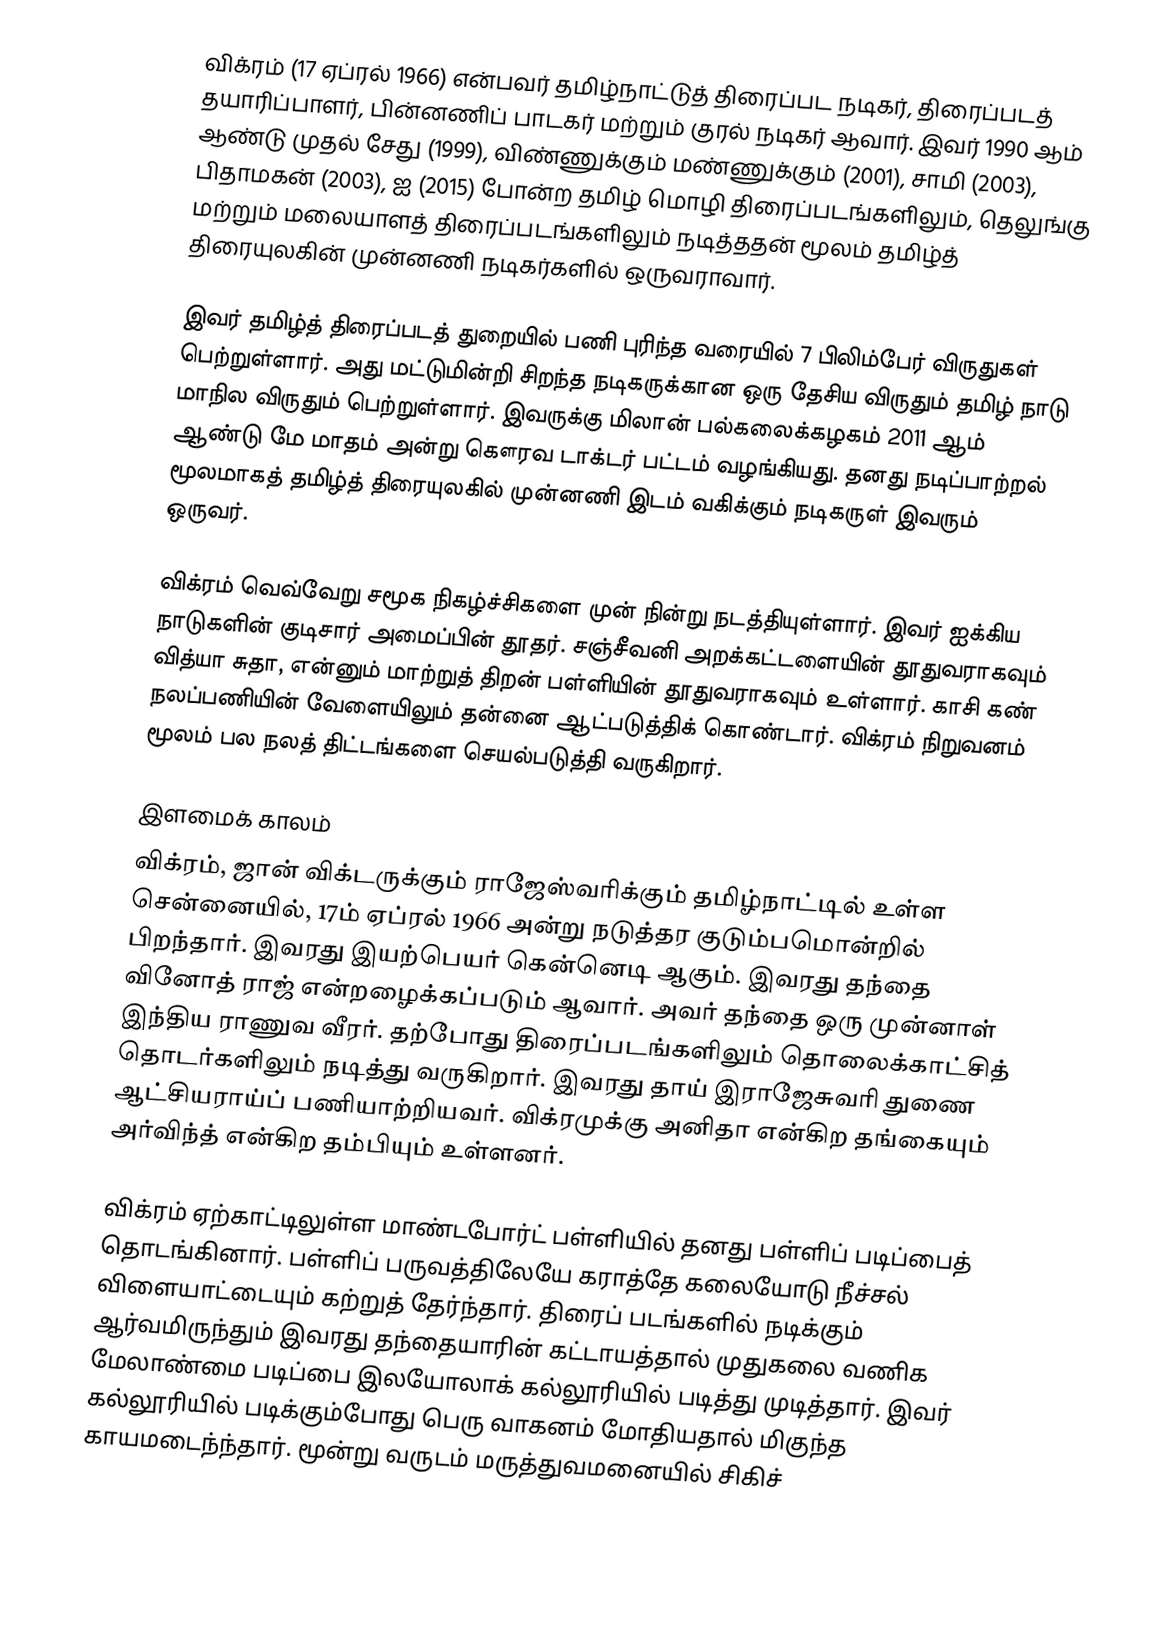
விக்ரம் (17 ஏப்ரல் 1966) என்பவர் தமிழ்நாட்டுத் திரைப்பட நடிகர், திரைப்படத் தயாரிப்பாளர், பின்னணிப் பாடகர் மற்றும் குரல் நடிகர் ஆவார். இவர் 1990 ஆம் ஆண்டு முதல் சேது  (1999), விண்ணுக்கும் மண்ணுக்கும் (2001), சாமி (2003), பிதாமகன் (2003), ஐ (2015) போன்ற தமிழ் மொழி திரைப்படங்களிலும், தெலுங்கு மற்றும் மலையாளத் திரைப்படங்களிலும் நடித்ததன் மூலம் தமிழ்த் திரையுலகின் முன்னணி நடிகர்களில் ஒருவராவார்.

இவர் தமிழ்த் திரைப்படத் துறையில் பணி புரிந்த வரையில் 7 பிலிம்பேர் விருதுகள் பெற்றுள்ளார். அது மட்டுமின்றி சிறந்த நடிகருக்கான ஒரு தேசிய விருதும் தமிழ் நாடு மாநில விருதும் பெற்றுள்ளார். இவருக்கு மிலான் பல்கலைக்கழகம் 2011 ஆம் ஆண்டு மே மாதம் அன்று கௌரவ டாக்டர் பட்டம் வழங்கியது. தனது நடிப்பாற்றல் மூலமாகத் தமிழ்த் திரையுலகில் முன்னணி இடம் வகிக்கும் நடிகருள் இவரும் ஒருவர்.

விக்ரம் வெவ்வேறு சமூக நிகழ்ச்சிகளை முன் நின்று நடத்தியுள்ளார். இவர் ஐக்கிய நாடுகளின் குடிசார் அமைப்பின்  தூதர். சஞ்சீவனி அறக்கட்டளையின் தூதுவராகவும் வித்யா சுதா, என்னும் மாற்றுத் திறன் பள்ளியின்  தூதுவராகவும் உள்ளார். காசி கண் நலப்பணியின் வேளையிலும் தன்னை ஆட்படுத்திக் கொண்டார். விக்ரம் நிறுவனம் மூலம் பல நலத் திட்டங்களை செயல்படுத்தி வருகிறார்.

இளமைக் காலம்
விக்ரம், ஜான் விக்டருக்கும் ராஜேஸ்வரிக்கும் தமிழ்நாட்டில் உள்ள சென்னையில், 17ம் ஏப்ரல் 1966 அன்று நடுத்தர குடும்பமொன்றில் பிறந்தார். இவரது இயற்பெயர் கென்னெடி ஆகும். இவரது தந்தை வினோத் ராஜ் என்றழைக்கப்படும் ஆவார். அவர் தந்தை ஒரு முன்னாள் இந்திய ராணுவ வீரர். தற்போது திரைப்படங்களிலும் தொலைக்காட்சித் தொடர்களிலும் நடித்து வருகிறார். இவரது தாய் இராஜேசுவரி துணை ஆட்சியராய்ப் பணியாற்றியவர். விக்ரமுக்கு அனிதா என்கிற தங்கையும் அர்விந்த் என்கிற தம்பியும் உள்ளனர்.

விக்ரம் ஏற்காட்டிலுள்ள மாண்டபோர்ட் பள்ளியில் தனது பள்ளிப் படிப்பைத் தொடங்கினார். பள்ளிப் பருவத்திலேயே கராத்தே கலையோடு நீச்சல் விளையாட்டையும் கற்றுத் தேர்ந்தார். திரைப் படங்களில் நடிக்கும் ஆர்வமிருந்தும் இவரது தந்தையாரின் கட்டாயத்தால் முதுகலை வணிக மேலாண்மை படிப்பை இலயோலாக் கல்லூரியில் படித்து முடித்தார். இவர் கல்லூரியில் படிக்கும்போது பெரு வாகனம் மோதியதால் மிகுந்த காயமடைந்ந்தார். மூன்று வருடம் மருத்துவமனையில் சிகிச்